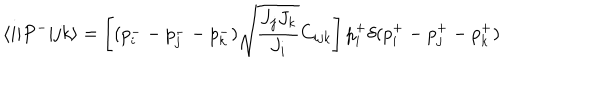
LaTeX: \langle i | P ^ { - } | j k \rangle = \left[ ( p _ { i } ^ { - } - p _ { j } ^ { -- } p _ { k } ^ { - } ) \sqrt { \frac { J _ { j } J _ { k } } { J _ { i } } } C _ { i j k } \right] p _ { i } ^ { + } \delta ( p _ { i } ^ { + } - p _ { j } ^ { + } - p _ { k } ^ { + } )